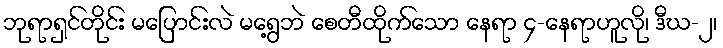
ဘုရာရှင်တိုင်း မပြောင်းလဲ မရွေ့ဘဲ စေတီထိုက်သော နေရာ ၄-နေရာဟူလို၊ ဒီဃ-၂၊